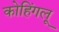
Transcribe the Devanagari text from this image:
कोहिंगलू